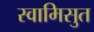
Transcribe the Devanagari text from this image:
स्वामिसुत